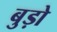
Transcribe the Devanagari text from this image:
बुड़ो